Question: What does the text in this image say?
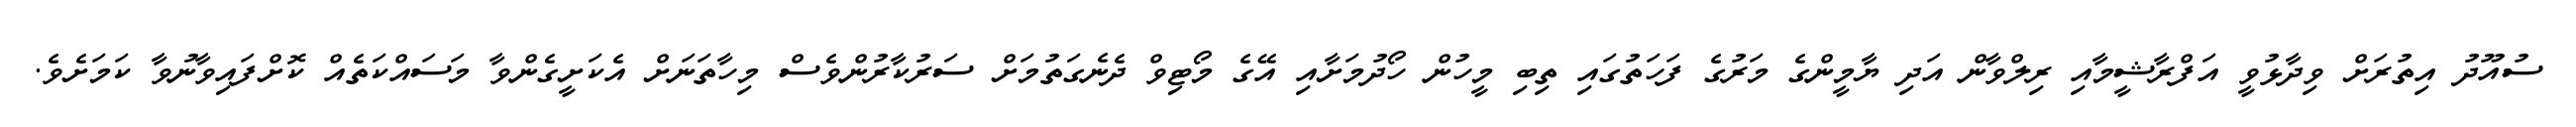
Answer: ސުއޫދު އިތުރަށް ވިދާޅުވީ އަފްރާޝީމާއި ރިލްވާން އަދި ޔާމީންގެ މަރުގެ ފަހަތުގައި ތިބި މީހުން ހޯދުމަށާއި އޭގެ މޯޓިވް ދެނެގަތުމަށް ސަރުކާރުންވެސް މިހާތަނަށް އެކަށީގެންވާ މަސައްކަތެއް ކޮށްފައިވާނުވާ ކަމަށެވެ.